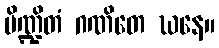
ပိဏ္ဍိတံ ဂဏိတေ ဃနေ။